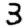
Digit: 3